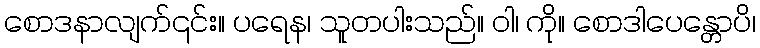
စောဒနာလျက်၎င်း။ ပရေန၊ သူတပါးသည်။ ဝါ၊ ကို။ စောဒါပေန္တောပိ၊